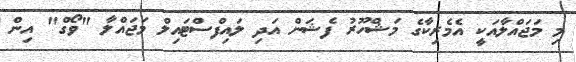
މި މަޖައްލާއަކީ އެމެރިކާގެ މަޝްހޫރު ފެޝަން އަދި ލައިފްސްޓައިލް މަޖައްލާ "ވޯގް" އިން